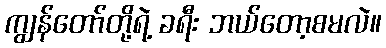
ကျွန်တော်တို့ရဲ့ ခရီး ဘယ်တော့စမလဲ။